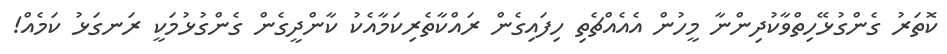
ކޮތަރު ގެންގުޅޭހިތްވާކުދިންނާ މީހުން އެއެއްޗެތި ހިފައިގެން ރައްކާތެރިކަމާއެކު ކާންދީގެން ގެންގުޅުމަކީ ރަނގަޅު ކަމެއް!